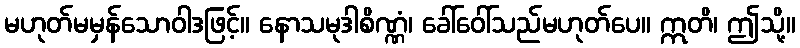
မဟုတ်မမှန်သောဝါဒဖြင့်။ နောသမုဒါစိဏ္ဏံ၊ ခေါ်ဝေါ်သည်မဟုတ်ပေ။ ဣတိ၊ ဤသို့။